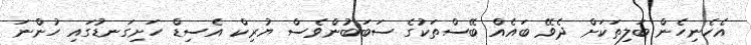
އެހެނިހެން ބަލިތަކަށް ދެވޭ ބައެއް ބޭސްތަކުގެ ސަބަބުންވެސް ޔުރިކް އެސިޑް ހަށިގަނޑުގައި ހުންނަ